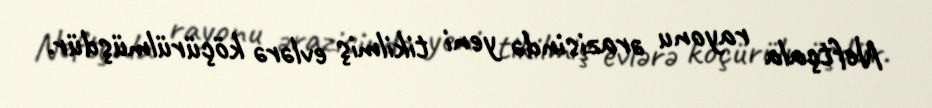
Neftçala rayonu ərazisində yeni tikilmiş evlərə köçürülmüşdür.